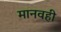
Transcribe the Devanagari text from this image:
मानवही